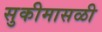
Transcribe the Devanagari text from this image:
सुकीमासळी